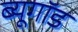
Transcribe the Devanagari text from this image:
ब्यूगॉड